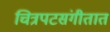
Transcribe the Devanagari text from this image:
चित्रपटसंगीतात